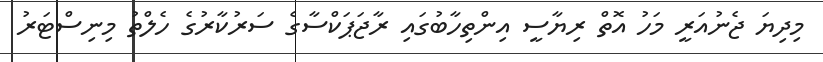
މިދިޔަ ޖެނުއަރީ މަހު އޮތް ރިޔާސީ އިންތިހާބުގައި ރާޖަޕަކްސާގެ ސަރުކާރުގެ ހެލްތު މިނިސްޓަރު